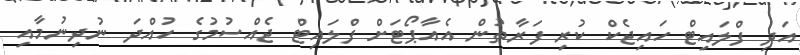
އަދި ފްލައިޓް ހައިޖެކް ކުރި ފަރާތުން އެއާޕޯޓަށް ފްލައިޓް ޖެއްސުމުގެ ހުއްދަ ނުދިނުމާއި